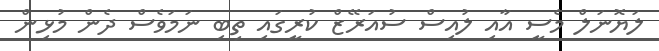
ލަޔޮނަލް މެސީ އާއި ލުއިސް ސުއަރޭޒް ކުރީގައި ތިބި ނަމަވެސް ދެން މުޅިން